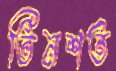
তিনশত